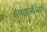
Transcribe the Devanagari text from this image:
धावलेल्या